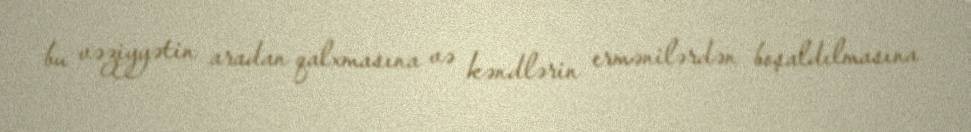
bu vəziyyətin aradan qalxmasına və kəndlərin ermənilərdən boşaldılmasına